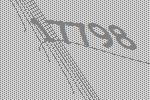
17798